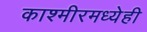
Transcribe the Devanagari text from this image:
काश्मीरमध्येही